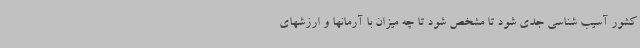
کشور آسیب شناسی جدی شود تا مشخص شود تا چه میزان با آرمانها و ارزشهای